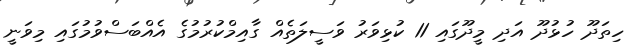
ހިތަދޫ ހުޅުދޫ އަދި މީދޫގައި 11 ކުޅިވަރު ވަސީލަތެއް ގާއިމްކުރުމުގެ އެއްބަސްވުމުގައި މިވަނީ